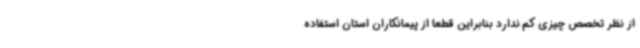
از نظر تخصص چیزی کم ندارد بنابراین قطعا از پیمانکاران استان استفاده